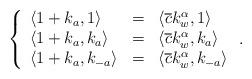
LaTeX: \begin{align*}\left\{\begin{array}{lcl}\langle 1+k_a,1\rangle&=&\langle \overline{c}k_w^{\alpha},1\rangle\\\langle 1+k_a,k_a\rangle&=&\langle \overline{c}k_w^{\alpha},k_a\rangle\\\langle 1+k_a,k_{-a}\rangle&=&\langle \overline{c}k_w^{\alpha},k_{-a}\rangle\end{array}\right..\end{align*}